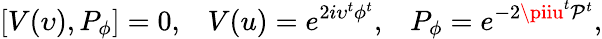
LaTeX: [V(\upsilon),P_{\phi}]=0,\; \; \; V(u)=e^{2i\upsilon^{t}\phi^{t}},\; \; \; P_{\phi}=e^{-2\piiu^{t}\mathcal{P}^{t}},